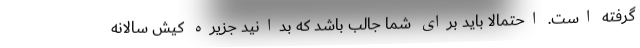
گرفته است. احتمالا باید برای شما جالب باشد که بدانید جزیره کیش سالانه